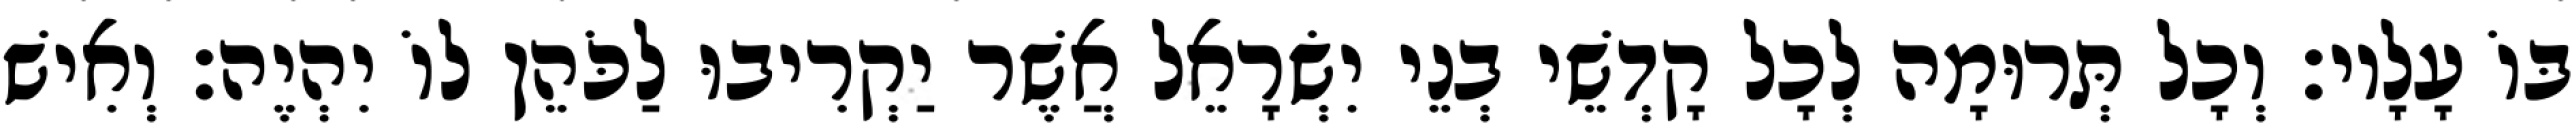
בּוֹ עָלָיו׃ וְכָל תְּרוּמָה לְכָל קָדְשֵׁי בְנֵי יִשְׂרָאֵל אֲשֶׁר יַקְרִיבוּ לַכֹּהֵן לוֹ יִהְיֶה׃ וְאִישׁ